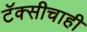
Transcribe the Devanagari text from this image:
टॅक्सीचाही